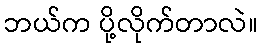
ဘယ်က ပို့လိုက်တာလဲ။